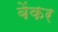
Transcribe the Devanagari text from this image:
बेंकर